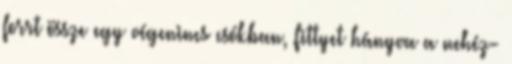
forrt össze egy végenincs csókban, fittyet hányva a nehéz-